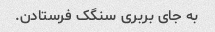
به جای بربری سنگک فرستادن.